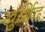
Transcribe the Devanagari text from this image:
खुर्शिद